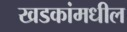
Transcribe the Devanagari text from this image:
खडकांमधील